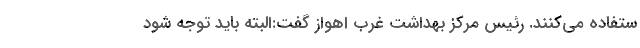
ستفاده می‌کنند. رئیس مرکز بهداشت غرب اهواز گفت:البته باید توجه شود